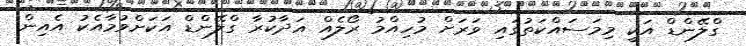
ގްލޭންޑް އަކީ މިމަސައްކަތުގައި ވަރަށް މުހިއްމު ރޯލެއް އަދާކުރާ ގްލޭންޑް އަކަށްވުމާއެކު އެއިން